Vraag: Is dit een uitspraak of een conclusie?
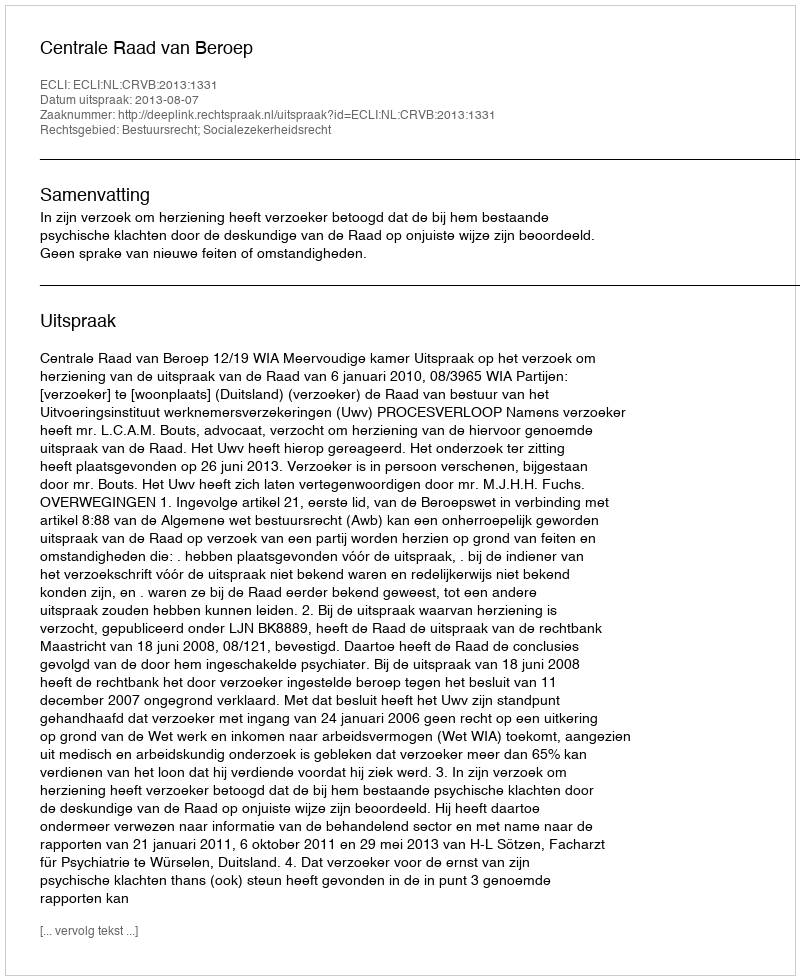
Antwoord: Uitspraak